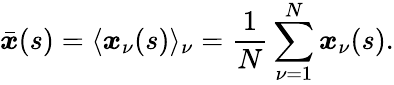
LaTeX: \bar{\boldsymbol{x}}(s)=\langle\boldsymbol{x}_{\nu}(s)\rangle_{\nu}=\frac{1}{N}\sum_{\nu=1}^{N}\boldsymbol{x}_{\nu}(s).